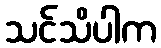
သင်သိပါက